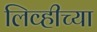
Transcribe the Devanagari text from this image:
लिव्हीच्या